Vaccination in the Punjab 1883-1896 - 1883-1896
Year: 1883
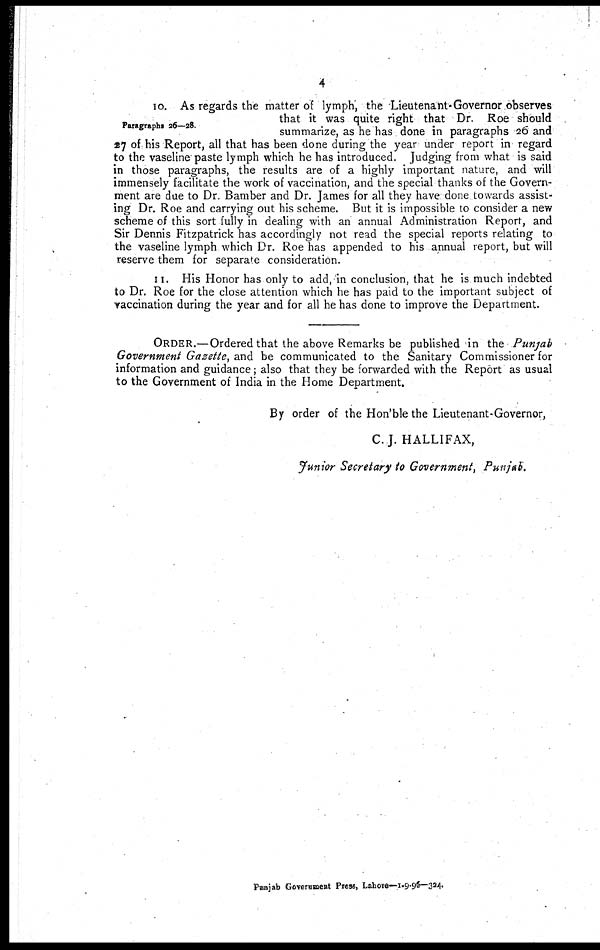
4
Paragraphs 26—28.
10. As regards the matter of lymph, the Lieutenant-Governor observes
that it was quite right that Dr. Roe should
summarize, as he has done in paragraphs 26 and
27 of his Report, all that has been done during the year under report in regard
to the vaseline paste lymph which he has introduced. Judging from what is said
in those paragraphs, the results are of a highly important nature, and will
immensely facilitate the work of vaccination, and the special thanks of the Govern-
ment are due to Dr. Bamber and Dr. James for all they have done towards assist-
ing Dr. Roe and carrying out his scheme. But it is impossible to consider a new
scheme of this sort fully in dealing with an annual Administration Report, and
Sir Dennis Fitzpatrick has accordingly not read the special reports relating to
the vaseline lymph which Dr. Roe has appended to his annual report, but will
reserve them for separate consideration.
11. His Honor has only to add, in conclusion, that he is much indebted
to Dr. Roe for the close attention which he has paid to the important subject of
vaccination during the year and for all he has done to improve the Department.
ORDER.—Ordered that the above Remarks be published in the Punjab
Government Gazette, and be communicated to the Sanitary Commissioner for
information and guidance; also that they be forwarded with the Report as usual
to the Government of India in the Home Department.
By order of the Hon'ble the Lieutenant-Governor,
C.J. HALLIFAX,
Junior Secretary to Government, Punjab.